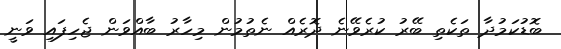
ބޮޑުކަމުދާ ތަކެތި ބޭރު ކުރެވޭނެ ދޮރެއް ނެތުމުން މިހާރު ބާއްވަން ޖެހިފައި ވަނީ